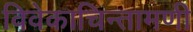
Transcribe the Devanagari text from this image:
विवेकाचिन्तामणी